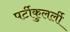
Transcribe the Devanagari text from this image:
पर्टीकुलर्ली